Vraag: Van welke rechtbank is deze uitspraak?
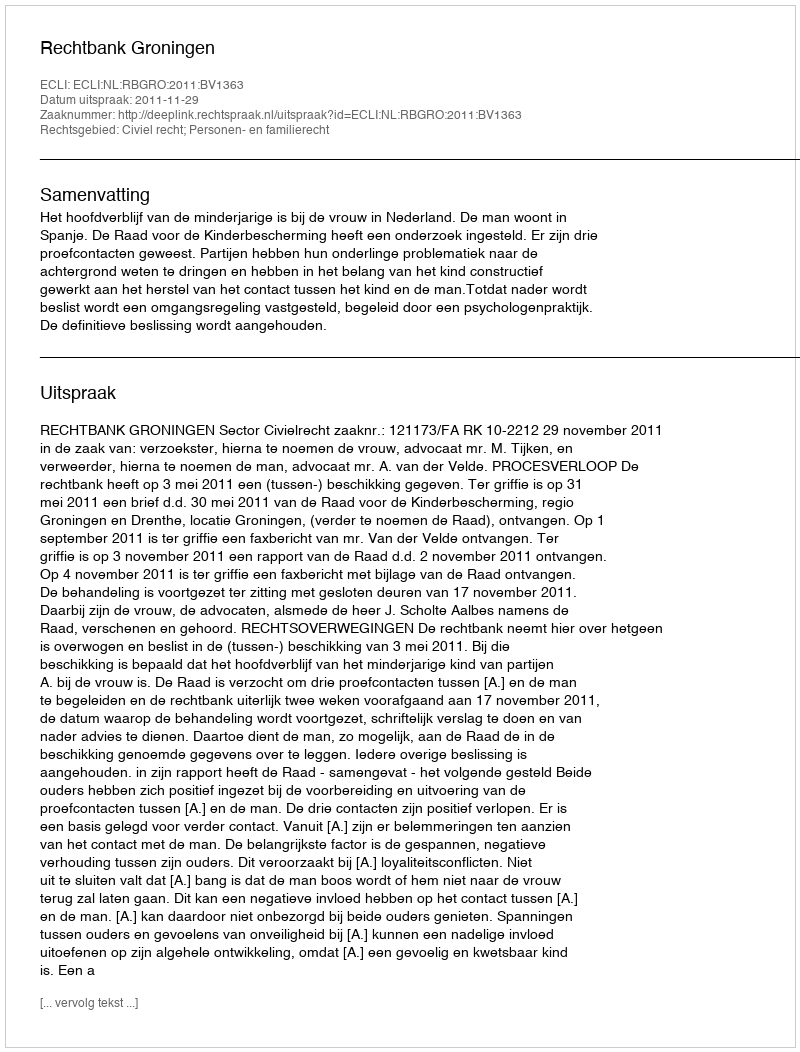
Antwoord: Rechtbank Groningen